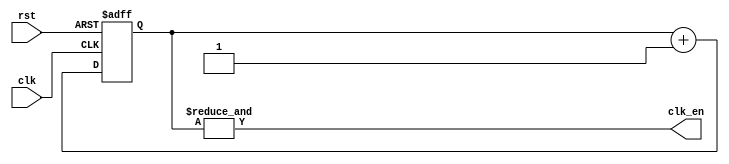
module clockdiv( input clk,input rst,output clk_en );
	reg [1:0] clk_count;
	always @ (posedge clk, posedge rst)
	begin
		if (rst) clk_count <= 0;
		else
			clk_count <= clk_count+1'b1;
	end
assign clk_en = &clk_count;
endmodule